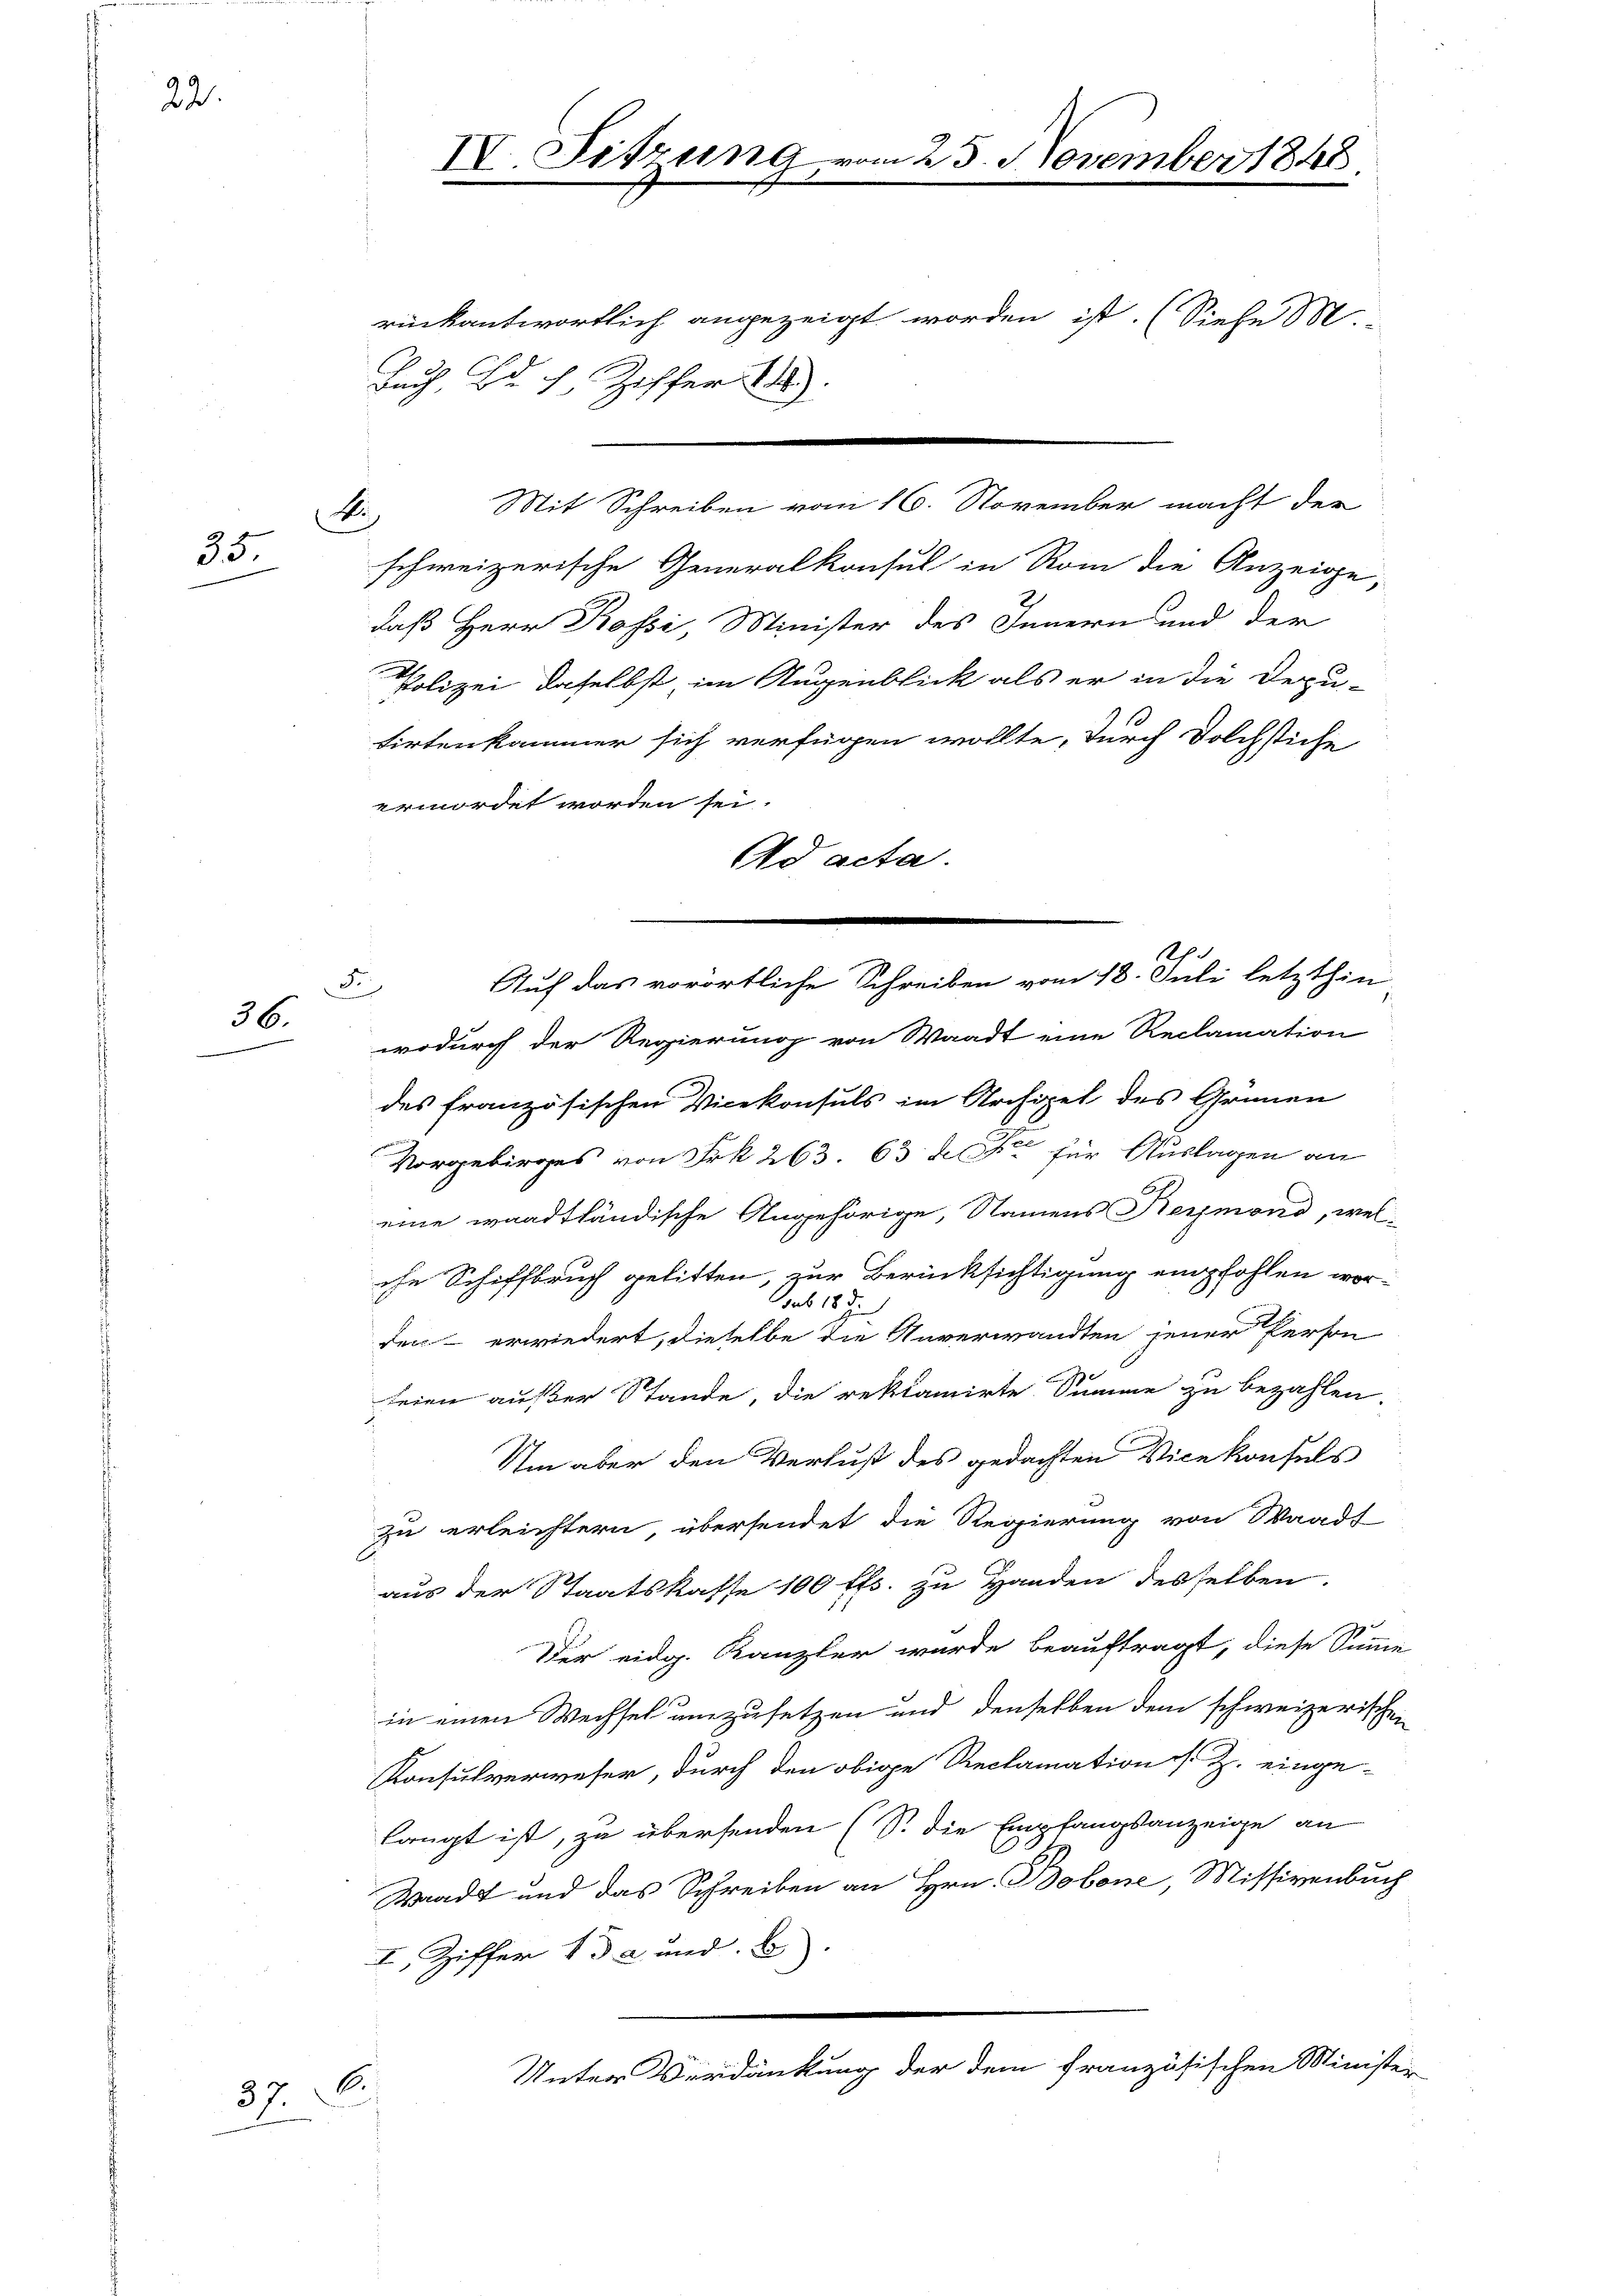
22.

35

n
36.

37. C.

A

d

IV. Sitzung

e
Buch, Buch, Ziffer 24.
schweizerische Generalkonsul in Rom die Anzeige,
daß Herr Rossi, Minister des Innern und der
Polizei, daselbst im Augenblick als er in die Depu-
tirtenkammer sich verfügen wollte, durch Dolchstiche
ermordet worden sei.
Ad acta.
wodurch der Regierung von Waadt eine Reclamation
des französischen Vicekonsuls im Archipel des Grünen
Vorgebirges von Frk. 263. 63 des für Auslagen an
eine waadtländische Angehörige, Namens Reymond, welche Schiffbruch gelitten, zur Berücksichtigung empfohlen worsub 189
den erwiedert, dieselbe die Unverwandten jener Person
seien außer Stande, die reklamirte Summe zu bezahlen.
Um aber den Verlust des gedachten Vicekonfels
zu erleichtern, übersendet die Regierung von Waadt
aus der Staatskasse 100 ff. zu Handen desselben.
Der eidg. Kanzler wurde beauftragt, diese Summe
in einen Wechsel umzusetzen und denselben dem schweizerischen
Konsulverweser, durch den obige Reclamation s. Z. einge-
langt ist, zu übersenden (S. die Empfangsanzeige an
Waadt und das Schreiben an Hrn. Bobone, Missivenbuch
I, Ziffer 132 und B
Unter Verdankung der dem französischen Minister

rückantwortlich angezeigt worden ist. (Siehe M

25. November 1848

Auf das vorörtliche Schreiben vom 18. Juli letzthin

Mit Schreiben vom 16. November macht der